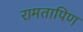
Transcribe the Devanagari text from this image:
रामतापिण